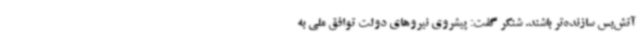
آتش‌بس سازنده‌تر باشند. شنکر گفت: پیشروی نیروهای دولت توافق ملی به